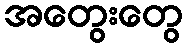
အတွေးတွေ